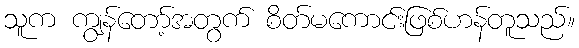
သူက ကျွန်တော့်အတွက် စိတ်မကောင်းဖြစ်ဟန်တူသည်။